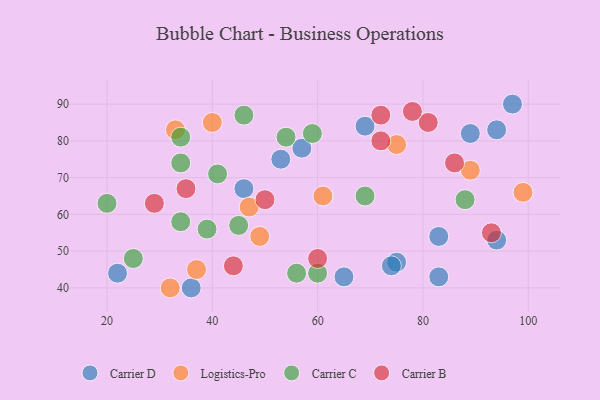
{"axis": {"x": "GDP", "y": "Life Expectancy"}, "legend": ["Carrier B", "Carrier C", "Carrier D", "Logistics-Pro"], "data": [{"x": "83", "y": 43, "type": "Carrier D"}, {"x": "65", "y": 43, "type": "Carrier D"}, {"x": "46", "y": 67, "type": "Carrier D"}, {"x": "22", "y": 44, "type": "Carrier D"}, {"x": "69", "y": 84, "type": "Carrier D"}, {"x": "83", "y": 54, "type": "Carrier D"}, {"x": "94", "y": 53, "type": "Carrier D"}, {"x": "53", "y": 75, "type": "Carrier D"}, {"x": "75", "y": 47, "type": "Carrier D"}, {"x": "36", "y": 40, "type": "Carrier D"}, {"x": "57", "y": 78, "type": "Carrier D"}, {"x": "89", "y": 82, "type": "Carrier D"}, {"x": "97", "y": 90, "type": "Carrier D"}, {"x": "94", "y": 83, "type": "Carrier D"}, {"x": "74", "y": 46, "type": "Carrier D"}, {"x": "89", "y": 72, "type": "Logistics-Pro"}, {"x": "49", "y": 54, "type": "Logistics-Pro"}, {"x": "47", "y": 62, "type": "Logistics-Pro"}, {"x": "33", "y": 83, "type": "Logistics-Pro"}, {"x": "99", "y": 66, "type": "Logistics-Pro"}, {"x": "75", "y": 79, "type": "Logistics-Pro"}, {"x": "61", "y": 65, "type": "Logistics-Pro"}, {"x": "37", "y": 45, "type": "Logistics-Pro"}, {"x": "40", "y": 85, "type": "Logistics-Pro"}, {"x": "32", "y": 40, "type": "Logistics-Pro"}, {"x": "20", "y": 63, "type": "Carrier C"}, {"x": "45", "y": 57, "type": "Carrier C"}, {"x": "34", "y": 74, "type": "Carrier C"}, {"x": "34", "y": 58, "type": "Carrier C"}, {"x": "54", "y": 81, "type": "Carrier C"}, {"x": "56", "y": 44, "type": "Carrier C"}, {"x": "88", "y": 64, "type": "Carrier C"}, {"x": "60", "y": 44, "type": "Carrier C"}, {"x": "41", "y": 71, "type": "Carrier C"}, {"x": "69", "y": 65, "type": "Carrier C"}, {"x": "34", "y": 81, "type": "Carrier C"}, {"x": "59", "y": 82, "type": "Carrier C"}, {"x": "39", "y": 56, "type": "Carrier C"}, {"x": "46", "y": 87, "type": "Carrier C"}, {"x": "25", "y": 48, "type": "Carrier C"}, {"x": "72", "y": 80, "type": "Carrier B"}, {"x": "44", "y": 46, "type": "Carrier B"}, {"x": "72", "y": 87, "type": "Carrier B"}, {"x": "50", "y": 64, "type": "Carrier B"}, {"x": "86", "y": 74, "type": "Carrier B"}, {"x": "81", "y": 85, "type": "Carrier B"}, {"x": "60", "y": 48, "type": "Carrier B"}, {"x": "29", "y": 63, "type": "Carrier B"}, {"x": "93", "y": 55, "type": "Carrier B"}, {"x": "78", "y": 88, "type": "Carrier B"}, {"x": "35", "y": 67, "type": "Carrier B"}]}